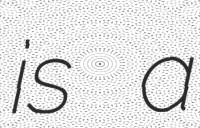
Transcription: is a